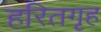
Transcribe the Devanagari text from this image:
हरितगृह